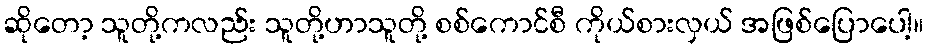
ဆိုတော့ သူတို့ကလည်း သူတို့ဟာသူတို့ စစ်ကောင်စီ ကိုယ်စားလှယ် အဖြစ်ပြောပေါ့။